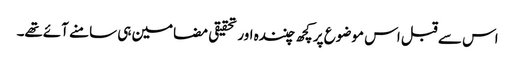
اس سے قبل اس موضوع پر کچھ چنندہ اور تحقیقی مضامین ہی سامنے آئےتھے۔